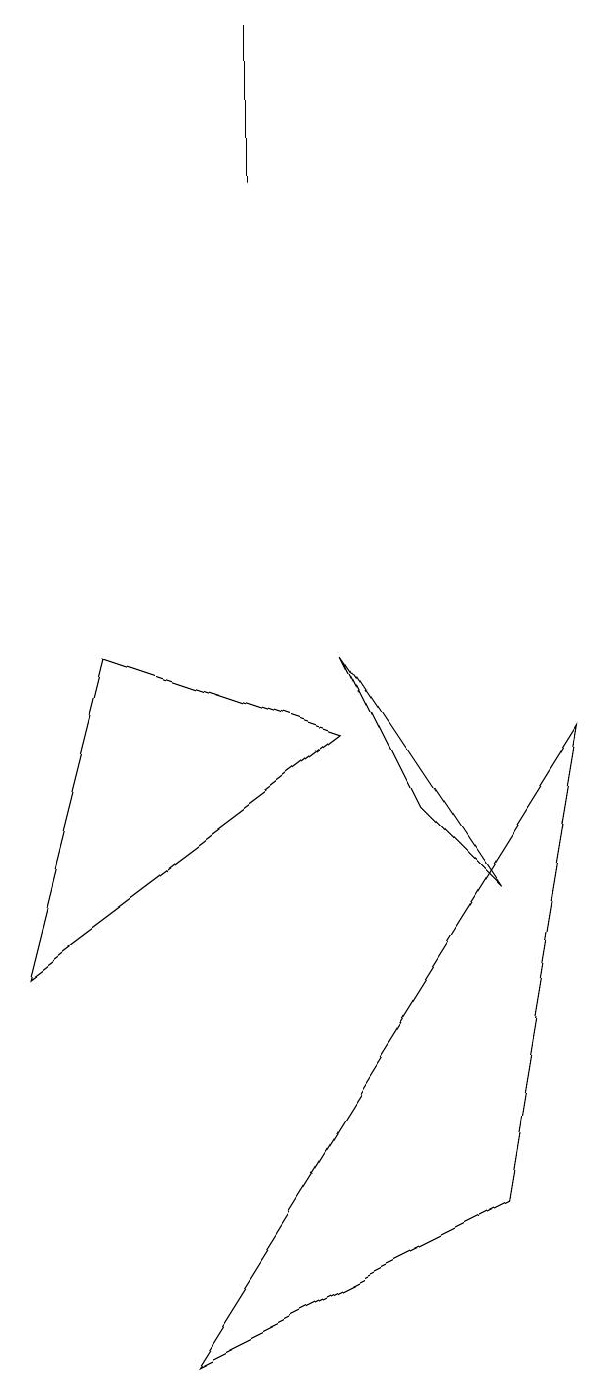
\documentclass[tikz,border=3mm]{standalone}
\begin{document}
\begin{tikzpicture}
\draw (6,7) -- (5,9) -- (7,6) -- cycle;
\draw (2,9) -- (5,8) -- (1,5) -- cycle;
\draw (4,17) rectangle (4,15);
\draw (3,0) -- (8,8) -- (7,2) -- cycle;
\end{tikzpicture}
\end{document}